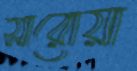
সারোয়া